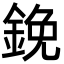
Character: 鋔